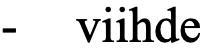
- viihde